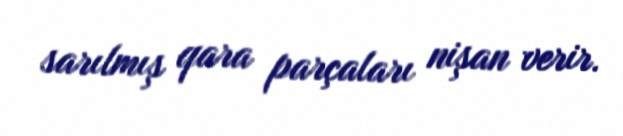
sarılmış qara parçaları nişan verir.